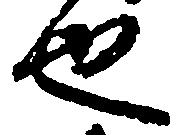
也